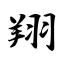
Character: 翔